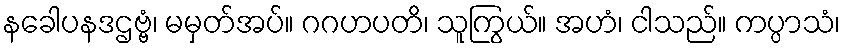
နခေါပနဒဌဗ္ဗံ၊ မမှတ်အပ်။ ဂဂဟပတိ၊ သူကြွယ်။ အဟံ၊ ငါသည်။ ကပ္ပာသံ၊